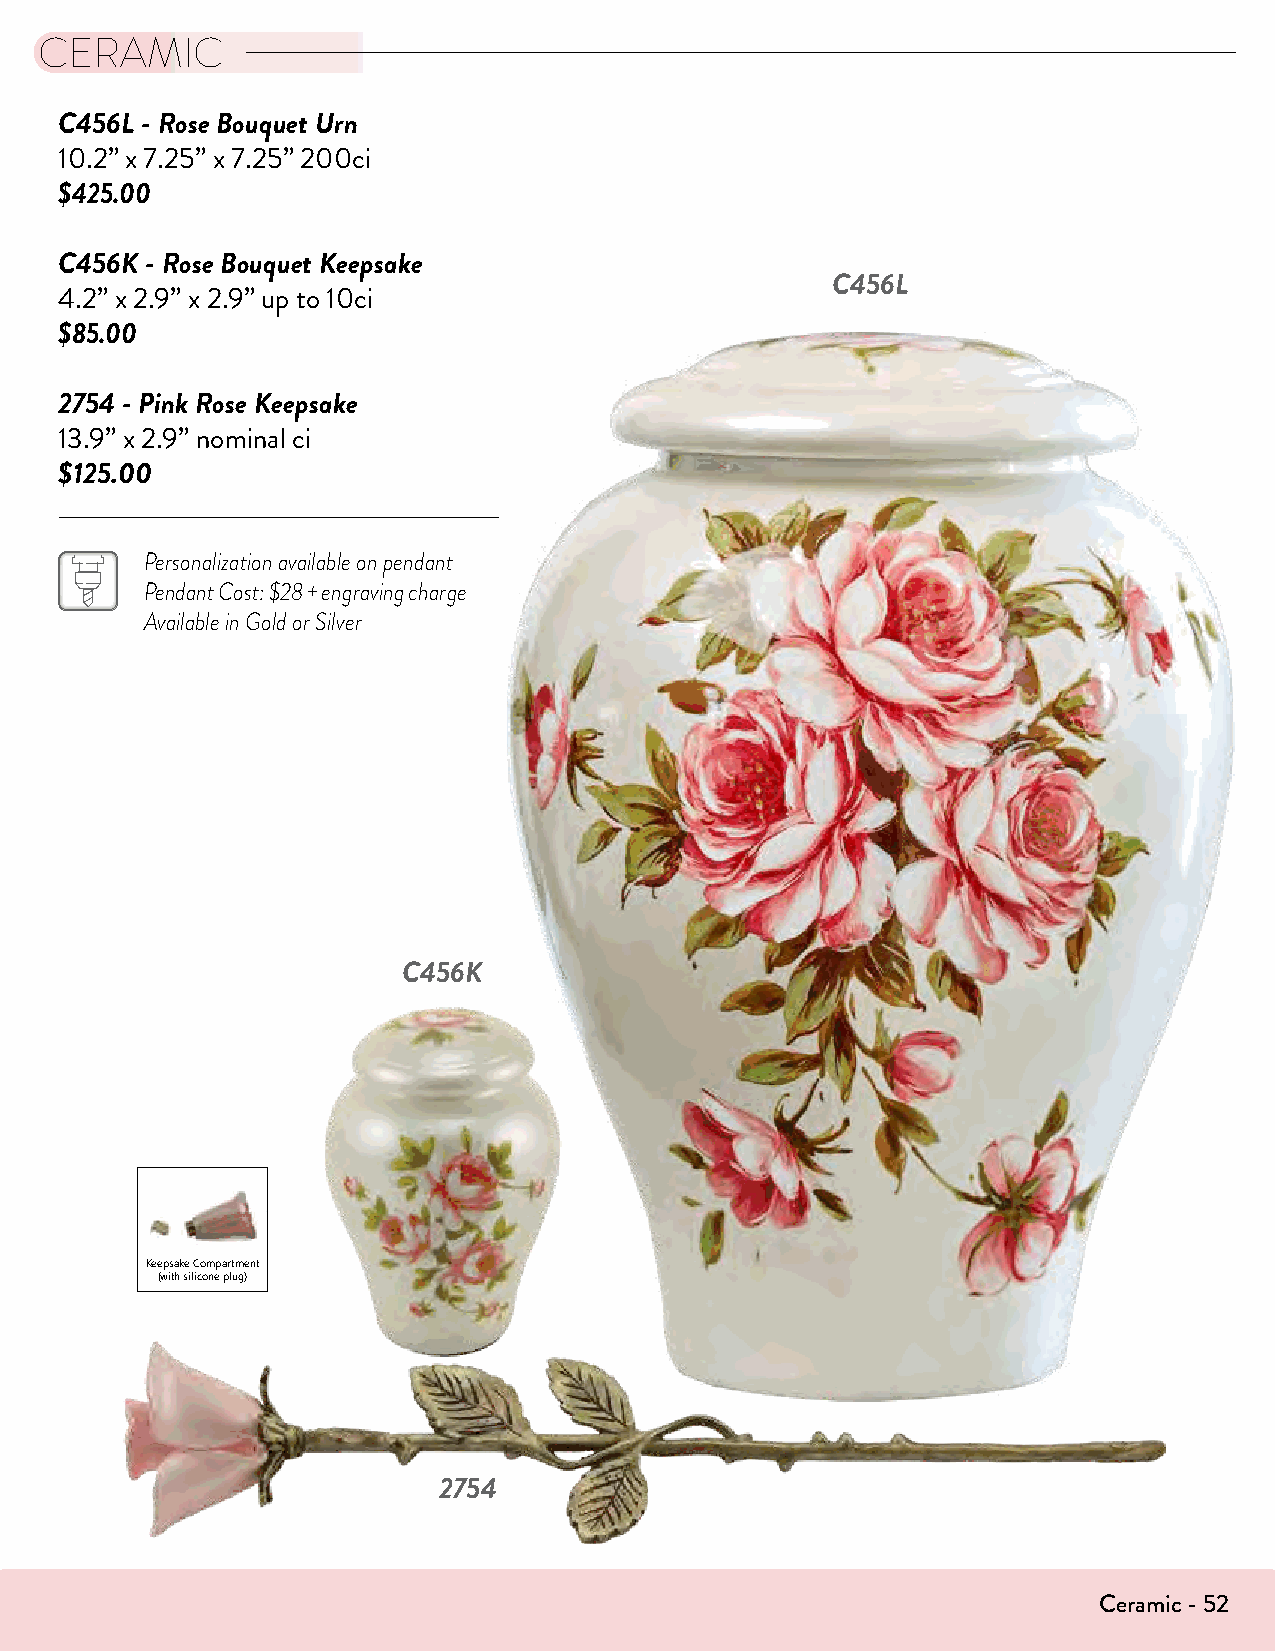
CERAMIC
 C456L - Rose Bouquet Urn
 10.2” x 7.25” x 7.25” 200ci
 $425.00
 C456K - Rose Bouquet Keepsake
 C456L
 4.2” x 2.9” x 2.9” up to 10ci
 $85.00
 2754 - Pink Rose Keepsake
 13.9” x 2.9” nominal ci
 $125.00
 Personalization available on pendant
 Pendant Cost: $28 + engraving charge
 Available in Gold or Silver
 Rose
 Keepsake
 Length: 13.9" Width: 2.9" Capacity: Nominal
 Made of Brass          C456K
 Roses are the definitive symbol for love and appreciation. Terrybear®
 Rose Keepsakes are made of brass and finished in a brushed brass or
 electroplated nickel. The innermost rosebud is threaded and holds a
 nominal amount of cremated remains. Rose Keepsakes are packaged
 in a blue velvet box.
 P
 Pink
 2754
 Bronze 2750 P Yellow 2753 P
 Pewter 2751 P White 2755 P
 Keepsake Compartment Each Rose includes a
 (with silicone plug) space for personalization
 Crimson 2752 P Lavender 2757 P
 P = Personalization Available All designs © 1994-2016 Terrybear, Inc. Terrybear is a registered trademark of Terrybear, Inc.
 2754
 Ceramic - 52